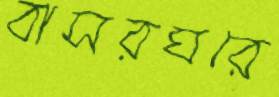
বাসরঘরে